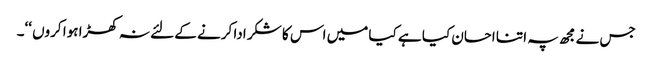
جس نے مجھ پہ اتنا احسان کیا ہے کیا میں اس کا شکر ادا کرنے کے لئے نہ کھڑا ہوا کروں ‘‘۔